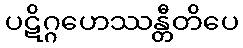
ပဋိဂ္ဂဟေဿန္တီတိပေ